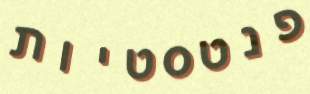
פנטסטיות